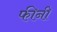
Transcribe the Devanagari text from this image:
फीनी